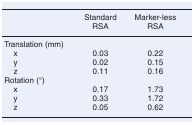
| <ROWSPAN=2>  | Standard | Marker-less |
 | RSA | RSA |
 | --- | --- | --- |
 | <COLSPAN=3> Translation (mm) |
 | x | 0.03 | 0.22 |
 | y | 0.02 | 0.15 |
 | z | 0.11 | 0.16 |
 | <COLSPAN=3> Rotation (°) |
 | x | 0.17 | 1.73 |
 | y | 0.33 | 1.72 |
 | z | 0.05 | 0.62 |